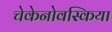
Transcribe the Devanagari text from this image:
चेकेनोवस्किया